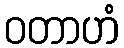
ဝတာဟံ